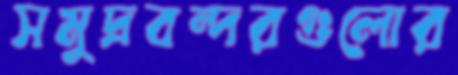
সমুদ্রবন্দরগুলোর